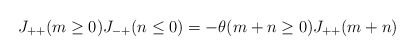
\begin{align*}J_{++}(m \ge 0)J_{-+}(n \le 0) = -\theta(m + n \ge 0)J_{++}(m+n)\end{align*}